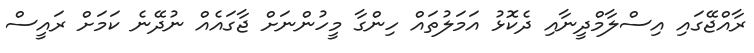
ރާއްޖޭގައި އިސްލާމްދީނާއި ދެކޮޅު އަމަލުތައް ހިންގާ މީހުންނަށް ޖާގައެއް ނުދޭނެ ކަމަށް ރައީސް